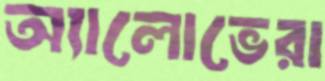
অ্যালোভেরা